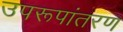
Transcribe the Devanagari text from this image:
उपरूपांतरण